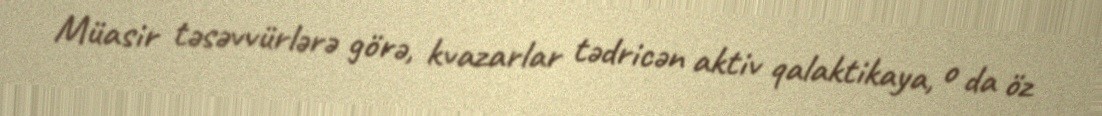
Müasir təsəvvürlərə görə, kvazarlar tədricən aktiv qalaktikaya, o da öz